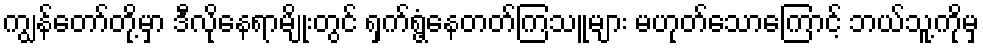
ကျွန်တော်တို့မှာ ဒီလိုနေရာမျိုးတွင် ရှက်ရွံ့နေတတ်ကြသူများ မဟုတ်သောကြောင့် ဘယ်သူ့ကိုမှ